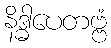
နိဒ္ဓါပေတဗ္ဗံ